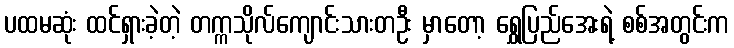
ပထမဆုံး ထင်ရှားခဲ့တဲ့ တက္ကသိုလ်ကျောင်းသားတဦး မှာတော့ ရွှေပြည်အေးရဲ့ စစ်အတွင်းက